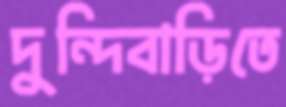
দুন্দিবাড়িতে